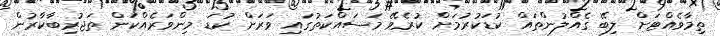
ތިމާވެއްޓަށް ލިބޭ ގެއްލުންތައް ކުޑަކުރުމަށް ކުރެވޭ މަސައްކަތުގައި ވަރަށް ކުޑަ މިންވަރެއްކަން ތަޖުރިބާކާރުން